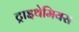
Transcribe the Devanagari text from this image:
ट्राइथेमियस